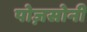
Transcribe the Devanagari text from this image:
पोज़सोनी